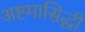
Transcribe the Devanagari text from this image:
अष्टमासिद्धी